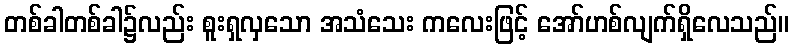
တစ်ခါတစ်ခါ၌လည်း စူးရှလှသော အသံသေး ကလေးဖြင့် အော်ဟစ်လျက်ရှိလေသည်။